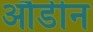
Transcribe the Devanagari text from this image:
औडीन